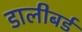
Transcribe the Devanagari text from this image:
डालीबर्ड